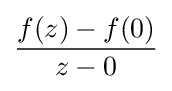
{\frac {f(z)-f(0)}{z-0}}